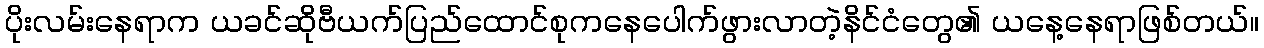
ပိုးလမ်းနေရာက ယခင်ဆိုဗီယက်ပြည်ထောင်စုကနေပေါက်ဖွားလာတဲ့နိင်ငံတွေ၏ ယနေ့နေရာဖြစ်တယ်။